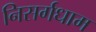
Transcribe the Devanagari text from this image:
निसर्गधाम